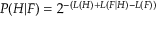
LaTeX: P ( H | F ) = 2 ^ { - ( L ( H ) + L ( F | H ) - L ( F ) ) }